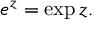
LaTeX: e ^ { z } = \exp z .